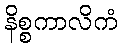
နိစ္စကာလိကံ